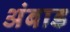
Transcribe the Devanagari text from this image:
अंबाड